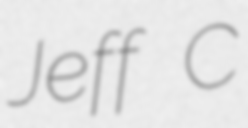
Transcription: Jeff C